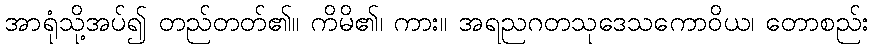
အာရုံသို့အပ်၍ တည်တတ်၏။ ကိမိ၏၊ ကား။ အရညဂတသုဒေသကောဝိယ၊ တောစည်း